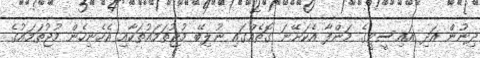
ދިނުން އަދި އައިސީޓީގެ މަންފާ އެކަށޭނަ ގޮތެއްގައި ނުލިބޭ މުޖުތަމައުތަކާއި އެހެނިހެން މުޖުތަމައުގެ